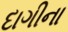
દાગીના